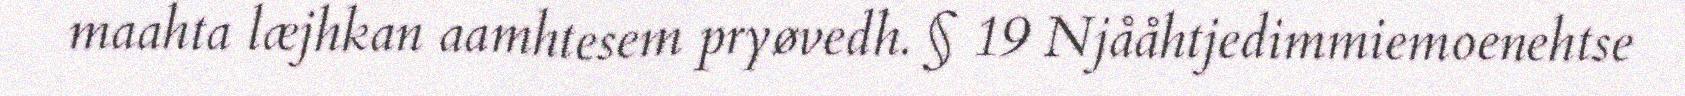
maahta læjhkan aamhtesem pryøvedh. § 19 Njååhtjedimmiemoenehtse